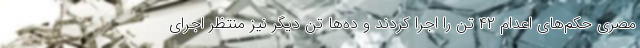
مصری حکم‌های اعدام ۴۲ تن را اجرا کردند و ده‌ها تن دیگر نیز منتظر اجرای